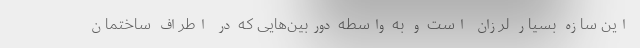
این سازه بسیار لرزان است و به واسطه دوربین‌هایی که در اطراف ساختمان